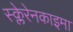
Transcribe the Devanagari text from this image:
स्क्लेरेनकाइमा